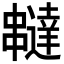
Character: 𠁺